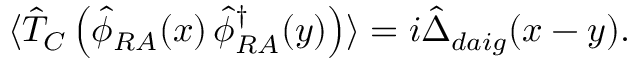
\langle \hat { T } _ { C } \left( \hat { \phi } _ { R A } ( x ) \, \hat { \phi } _ { R A } ^ { \dagger } ( y ) \right) \rangle = i \hat { \Delta } _ { d a i g } ( x - y ) .